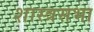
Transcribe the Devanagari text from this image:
शास्त्रसभा